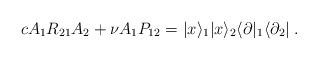
LaTeX: \begin{align*}cA_{1}R_{21}A_{2} + \nu A_{1}P_{12} =|x\rangle _{1}|x\rangle _{2}\langle\partial |_{1}\langle\partial _{2}| \; .\end{align*}